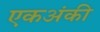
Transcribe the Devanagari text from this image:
एकअंकी